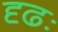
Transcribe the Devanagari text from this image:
दृढः